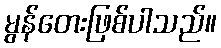
မွန်တေးဖြစ်ပါသည်။